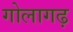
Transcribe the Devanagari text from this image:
गोलागढ़